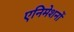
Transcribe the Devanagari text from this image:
एनिमेशनों